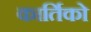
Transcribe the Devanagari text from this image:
कार्तिको